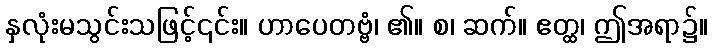
နှလုံးမသွင်းသဖြင့်၎င်း။ ဟာပေတဗ္ဗံ၊ ၏။ စ၊ ဆက်။ ဧတ္ထ၊ ဤအရာ၌။